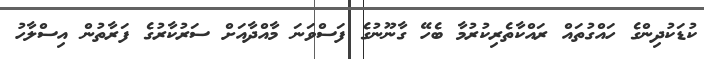
ކުޑަކުދިންގެ ހައްގުތައް ރައްކާތެރިކުރުމާ ބެހޭ ގާނޫނުގެ ފަސްވަނަ މާއްދާއަށް ސަރުކާރުގެ ފަރާތުން އިސްލާހު